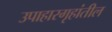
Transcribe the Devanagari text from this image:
उपाहारगृहांतील